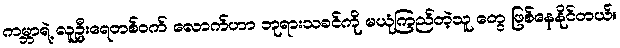
ကမ္ဘာရဲ့ လူဦးရေတစ်ဝက် လောက်ဟာ ဘုရားသခင်ကို မယုံကြည်တဲ့သူ တွေ ဖြစ်နေနိုင်တယ်။